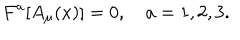
LaTeX: F ^ { a } [ A _ { \mu } ( x ) ] = 0 , \quad { a } = 1 , 2 , 3 .